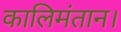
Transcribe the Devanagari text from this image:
कालिमंतान।